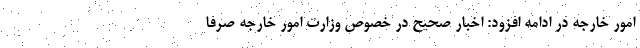
امور خارجه در ادامه افزود: اخبار صحیح در خصوص وزارت امور خارجه صرفا